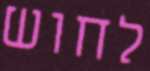
לחוש